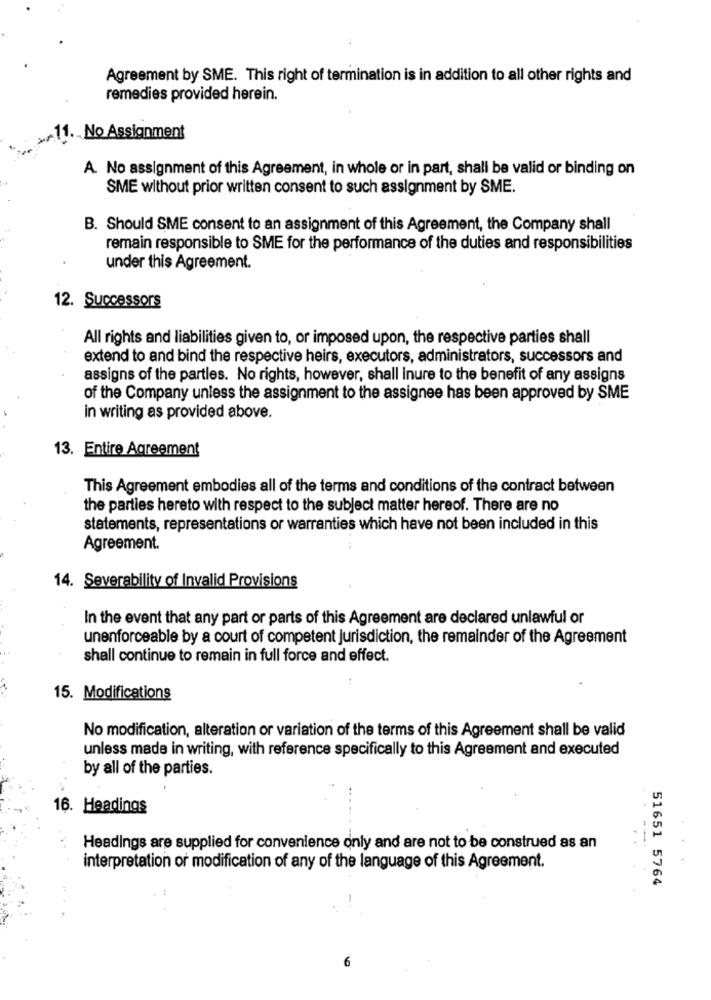
Agreement by SME. This right of termination is in addition to all other rights and
remedies provided herein.
No Assignment
A. No assignment of this Agreement, in whole or in part, shall be valid or binding on
SME without prior written consent to such assignment by SME.
B. Should SME consent to an assignment of this Agreement, the Company shall
remain responsible to SME for the performance of the duties and responsibilities
under this Agreement.
12. Successors
All rights and liabilities given to, or imposed upon, the respective parties shall
extend to and bind the respective heirs, executors, administrators, successors and
assigns of the parties. No rights, however, shall inure to the benefit of any assigns
of the Company unless the assignment to the assignee has been approved by SME
in writing as provided above.
13. Entire Agreement
This Agreement embodies all of the terms and conditions of the contract between
the parties hereto with respect to the subject matter hereof. There are no
statements, representations or warranties which have not been included in this
Agreement.
14. Severability of Invalid Provisions
In the event that any part or parts of this Agreement are declared unlawful or
unenforceable by a court of competent jurisdiction, the remainder of the Agreement
shall continue to remain in full force and effect.
15. Modifications
No modification, alteration or variation of the terms of this Agreement shall be valid
unless made in writing, with reference specifically to this Agreement and executed
by all of the parties.
16. Headings
Headings are supplied for convenience only and are not to be construed as an
interpretation or modification of any of the language of this Agreement.
51651 5764